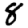
Digit: 8